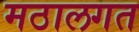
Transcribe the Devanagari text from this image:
मठालगत